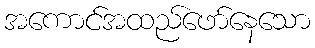
အကောင်အထည်ဖော်နေသော